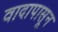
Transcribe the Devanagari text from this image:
वादापासून